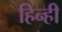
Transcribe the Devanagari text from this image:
हिन्ही